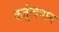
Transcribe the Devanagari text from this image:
कर्तुत्ववान